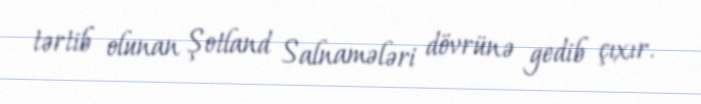
tərtib olunan Şotland Salnamələri dövrünə gedib çıxır.